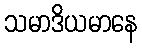
သမာဒိယမာနေ